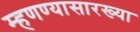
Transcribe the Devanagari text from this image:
म्हणण्यासारख्या